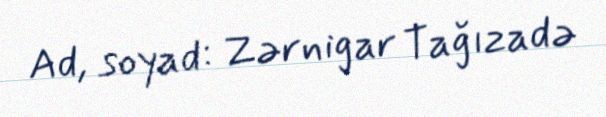
Ad, soyad: Zərnigar Tağızadə